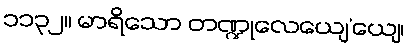
၁၁၃၂။ မာရိသော တဏ္ဍုလေယျေ’ယျေ၊